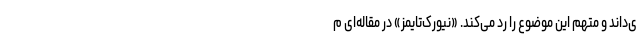
ی‌داند و متهم این موضوع را رد می‌کند. «نیورک‌تایمز» در مقاله‌ای م